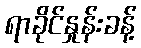
ရာခိုင်နှုန်းခန့်